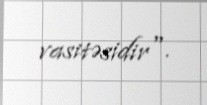
vasitəsidir".